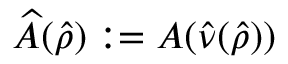
\ensuremath { \widehat { A } } ( \ensuremath { \hat { \rho } } ) : = A ( \ensuremath { \hat { \nu } } ( \ensuremath { \hat { \rho } } ) )